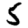
Digit: 5